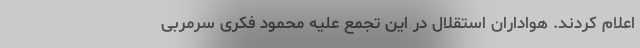
اعلام کردند. هواداران استقلال در این تجمع علیه محمود فکری سرمربی